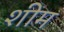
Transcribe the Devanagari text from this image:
शीम